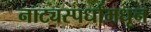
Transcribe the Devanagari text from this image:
नाट्यस्पर्धांमधून